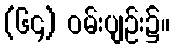
(၆၄) ဝမ်းပျဉ်း၌။